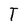
Character: T